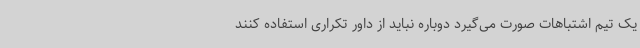
یک تیم اشتباهات صورت می‌گیرد دوباره نباید از داور تکراری استفاده کنند